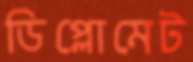
ডিপ্লোমেট